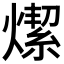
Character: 𤏦